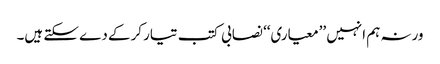
ورنہ ہم انہیں ’’معیاری‘‘ نصابی کتب تیار کرکے دے سکتے ہیں۔